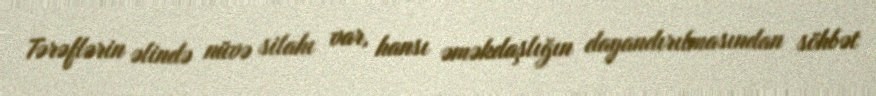
Tərəflərin əlində nüvə silahı var, hansı əməkdaşlığın dayandırılmasından söhbət